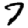
Digit: 7